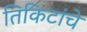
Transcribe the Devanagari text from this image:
तिकिटांचे